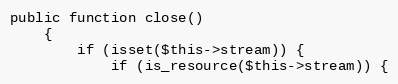
Language: PHP
public function close()
    {
        if (isset($this->stream)) {
            if (is_resource($this->stream)) {